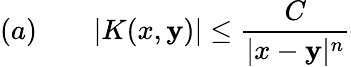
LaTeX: (a)\qquad|K(x,\mathbf{y})|\leq{\frac{{C}}{{|x-\mathbf{y}|^{n}}}}